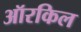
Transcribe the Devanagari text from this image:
ऑरकिल